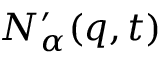
N _ { \alpha } ^ { \prime } ( { q } , t )